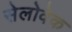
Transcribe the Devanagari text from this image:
सेलोवेक